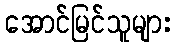
အောင်မြင်သူများ